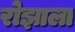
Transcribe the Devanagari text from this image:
रोझाला